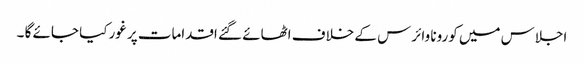
اجلاس میں کورونا وائرس کے خلاف اٹھائے گئے اقدامات پر غورکیا جائے گا ۔